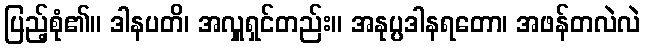
ပြည့်စုံ၏။ ဒါနပတိ၊ အလှူရှင်တည်း။ အနုပ္ပဒါနရတော၊ အဖန်တလဲလဲ